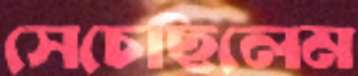
সেচেছিলেম